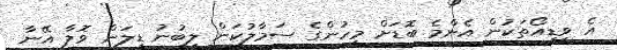
އެ ވީޑިއޯތަކުން އެންމެ ބޮޑަށް މީހުންގެ ސަމާލުކަން ލިބުނު ޑިލަން ވޮލާ އޭނާ